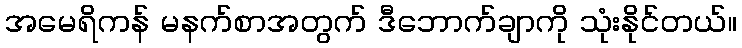
အမေရိကန် မနက်စာအတွက် ဒီဘောက်ချာကို သုံးနိုင်တယ်။